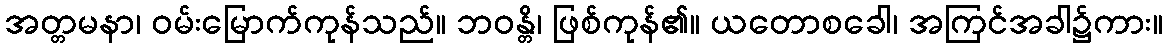
အတ္တမနာ၊ ဝမ်းမြောက်ကုန်သည်။ ဘဝန္တိ၊ ဖြစ်ကုန်၏။ ယတောစခေါ၊ အကြင်အခါ၌ကား။